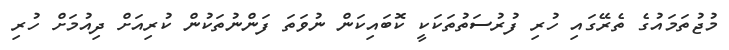
މުޖުތަމައުގެ ތެރޭގައި ހުރި ފުރުސަތުތަކަކީ ކޮބައިކަން ނުވަތަ ފަންނުތަކުން ކުރިއަށް ދިއުމަށް ހުރި